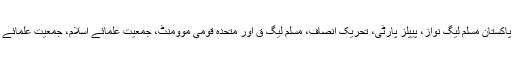
بہرحال، ان جماعتوں میں عوامی نیشنل پارٹی، پاکستان مسلم لیگ نواز، پیپلز پارٹی، تحریک انصاف، مسلم لیگ ق اور متحدہ قومی موومنٹ، جمعیت علمائے اسلام، جمعیت علمائے پاکستان اور مسلم لیگ فنکشنل وغیرہ شامل ہیں۔